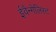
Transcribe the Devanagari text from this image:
ईवैन्गेलिस्ट